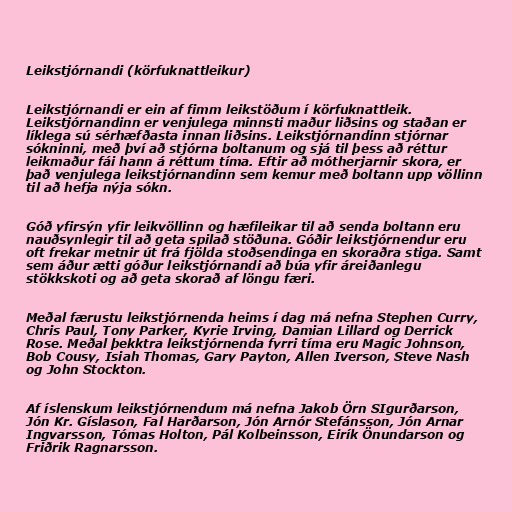
Leikstjórnandi (körfuknattleikur)

Leikstjórnandi er ein af fimm leikstöðum í körfuknattleik.
Leikstjórnandinn er venjulega minnsti maður liðsins og staðan er
líklega sú sérhæfðasta innan liðsins. Leikstjórnandinn stjórnar
sókninni, með því að stjórna boltanum og sjá til þess að réttur
leikmaður fái hann á réttum tíma. Eftir að mótherjarnir skora, er
það venjulega leikstjórnandinn sem kemur með boltann upp völlinn
til að hefja nýja sókn.

Góð yfirsýn yfir leikvöllinn og hæfileikar til að senda boltann eru
nauðsynlegir til að geta spilað stöðuna. Góðir leikstjórnendur eru
oft frekar metnir út frá fjölda stoðsendinga en skoraðra stiga. Samt
sem áður ætti góður leikstjórnandi að búa yfir áreiðanlegu
stökkskoti og að geta skorað af löngu færi.

Meðal færustu leikstjórnenda heims í dag má nefna Stephen Curry,
Chris Paul, Tony Parker, Kyrie Irving, Damian Lillard og Derrick
Rose. Meðal þekktra leikstjórnenda fyrri tíma eru Magic Johnson,
Bob Cousy, Isiah Thomas, Gary Payton, Allen Iverson, Steve Nash
og John Stockton.

Af íslenskum leikstjórnendum má nefna Jakob Örn SIgurðarson,
Jón Kr. Gíslason, Fal Harðarson, Jón Arnór Stefánsson, Jón Arnar
Ingvarsson, Tómas Holton, Pál Kolbeinsson, Eirík Önundarson og
Friðrik Ragnarsson.